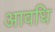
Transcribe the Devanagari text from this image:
आवधि